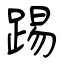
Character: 踢